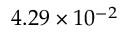
4 . 2 9 \times 1 0 ^ { - 2 }